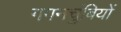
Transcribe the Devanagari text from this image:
गगनचुंबियों